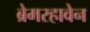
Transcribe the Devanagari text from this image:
ब्रेमरहावेन